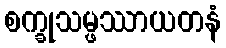
စက္ခုသမ္ဖဿာယတနံ